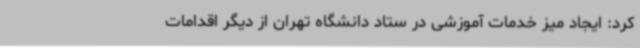
کرد: ایجاد میز خدمات آموزشی در ستاد دانشگاه تهران از دیگر اقدامات